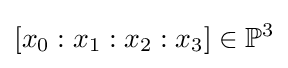
[x_{0}:x_{1}:x_{2}:x_{3}]\in \mathbb {P} ^{3}